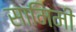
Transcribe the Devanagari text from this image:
सामिमी